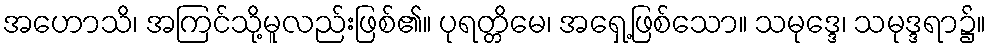
အဟောသိ၊ အကြင်သို့မူလည်းဖြစ်၏။ ပုရတ္တိမေ၊ အရှေ့ဖြစ်သော။ သမုဒ္ဒေ၊ သမုဒ္ဒရာ၌။